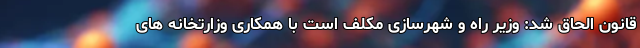
قانون الحاق شد: وزیر راه و شهرسازی مکلف است با همکاری وزارتخانه های